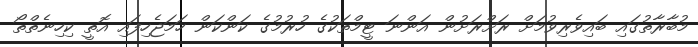
މުބާރާތުގައި ބައިވެރިވުމަށް ރަށްރަށުން އަންނަ ޓީމްތަކުގެ ހުރުމުގެ ކަންކަން ހަމަޖެހިފައި އޮތީ ކިހިނެތްތޯ